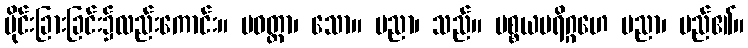
ပိုင်းခြားခြင်း၌လည်းကောင်း။ ပဝတ္တာ၊ သော။ ပညာ၊ သည်။ ပစ္စယပရိဂ္ဂဟေ ပညာ၊ မည်၏။